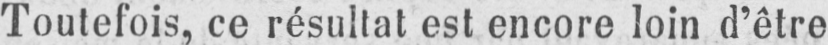
Toutefois, ce résultat est encore loin d’être